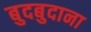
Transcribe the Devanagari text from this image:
बुदबुदाना